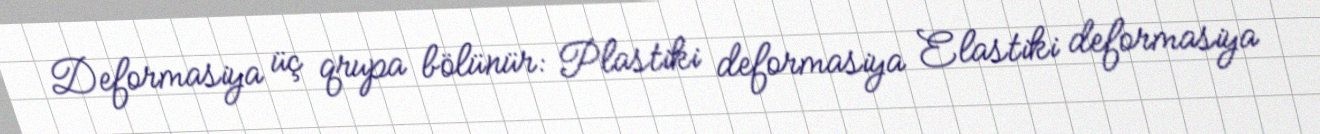
Deformasiya üç qrupa bölünür: Plastiki deformasiya Elastiki deformasiya